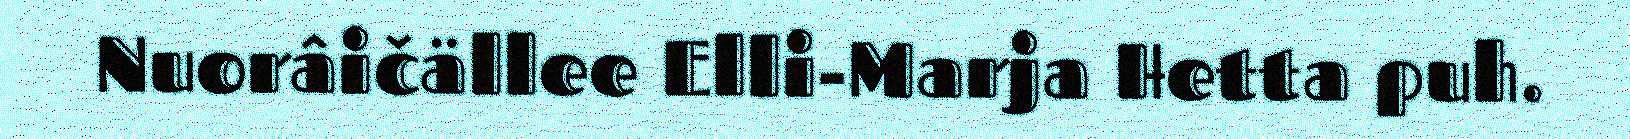
Nuorâičällee Elli-Marja Hetta puh.